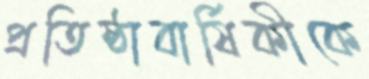
প্রতিষ্ঠাবার্ষিকীকে